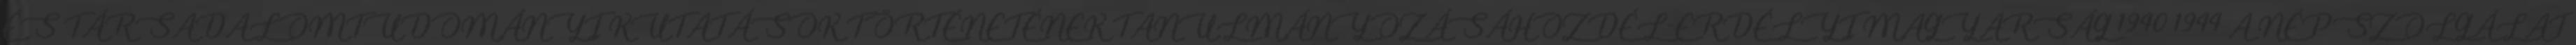
ÉS TÁRSADALOMTUDOMÁNYI KUTATÁSOK TÖRTÉNETÉNEK TANULMÁNYOZÁSÁHOZDÉL-ERDÉLYI MAGYARSÁG 1940−1944 A NÉPSZOLGÁLAT